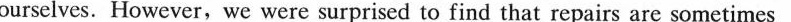
ourselves. However, we were surprised to find that repairs are sometimes